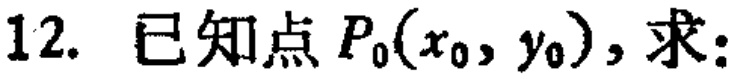
12. 已知点\(P_0(x_0,y_0)\)，求：